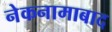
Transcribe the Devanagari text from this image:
नेकनामाबाद